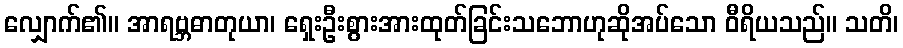
လျှောက်၏။ အာရဗ္ဘဓာတုယာ၊ ရှေးဦးစွားအားထုတ်ခြင်းသဘောဟုဆိုအပ်သော ဝီရိယသည်။ သတိ၊